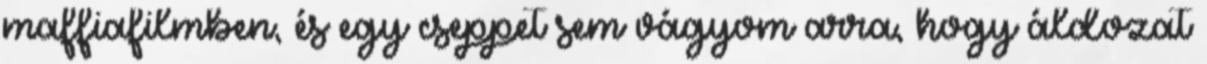
maffiafilmben, és egy cseppet sem vágyom arra, hogy áldozat